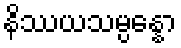
နိဿယသမ္ပန္နော